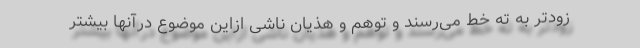
زودتر به ته خط می‌رسند و توهم و هذیان ناشی ازاین موضوع درآنها بیشتر